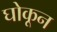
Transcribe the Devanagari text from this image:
घोकून